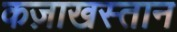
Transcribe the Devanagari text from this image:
कज़ाखस्तान